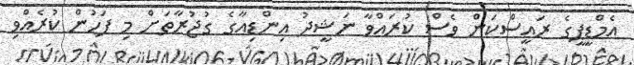
އެމްޑީޕީގެ ރައީސްކަން ވެސް ކުރައްވާ ނަޝީދު އިންޑިއާގެ ގުޖުރާތަށް މި ފަހުން ކުރެއްވި